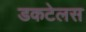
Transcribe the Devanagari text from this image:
डकटेलस